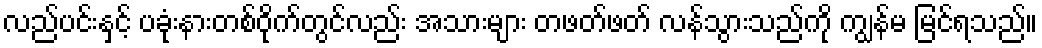
လည်ပင်းနှင့် ပခုံးနားတစ်ဝိုက်တွင်လည်း အသားများ တဖတ်ဖတ် လန်သွားသည်ကို ကျွန်မ မြင်ရသည်။